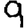
Digit: 9